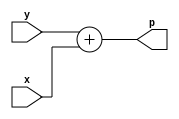




module NN(x, y, p);
    parameter size = 32;
    
    input [size-1:0]y;
    input[size-1:0] x;
    output wire [31:0] p;

  assign  p= y+x;
   
endmodule

module AHB_ML_ACC #(parameter SIZE=32) (
    input  wire         HCLK,      
    input  wire         HRESETn,   
    input  wire         HSEL,      
    input  wire         HREADY,    
    input  wire [1:0]   HTRANS,    
    input  wire [2:0]   HSIZE,     
    input  wire         HWRITE,    
    input  wire [31:0]  HADDR,     
    input  wire [31:0]  HWDATA,    
    output wire         HREADYOUT, 
    output wire [1:0]   HRESP,
    output wire [31:0]  HRDATA
);

    localparam  X_OFF = 0, Y_OFF = 4, P1_OFF = 8, P2_OFF = 12;
    localparam  S0=0, S1=1, S2=2, S3=3;

    reg [7:0]   AHB_ADDR;    
    wire        ahb_access   = HTRANS[1] & HSEL & HREADY;
    wire        _ahb_write_    = ahb_access &  HWRITE;
    wire        ahb_read     = ahb_access & (~HWRITE);
    reg         AHB_WRITE;
    reg         AHB_READ;
    reg         flag;
    wire[31:0]      P;
    reg [31:0]  X, Y, P0, P1; 
    reg [7:0]   CNT, ncnt;

    reg [3:0]   STATE, nstate;

    always @(posedge HCLK or negedge HRESETn)
    if(~HRESETn) begin
        AHB_WRITE   <=  1'b0;
        AHB_READ    <=  1'b0;
        AHB_ADDR    <=  8'b0;
        flag        <=  1'b0;
    end
    else begin
        AHB_WRITE   <=  _ahb_write_;
        AHB_READ    <=  ahb_read;
        AHB_ADDR    <=  HADDR[7:0];  
    end

    always @(posedge HCLK or negedge HRESETn)
        if(~HRESETn)
            X  <= 32'b0;
        else if(AHB_WRITE && (AHB_ADDR == X_OFF))
            X <= HWDATA;

    always @(posedge HCLK or negedge HRESETn)
        if(~HRESETn)
            Y  <= 32'b0;
        else if(AHB_WRITE && (AHB_ADDR == Y_OFF))
        begin
            Y <= HWDATA;
            flag <=1'b1;
            end
     //   else if(STATE==S1) Y <= Y >> 1;

    

    
    

    NN nn(
      
      .x(X),
      .y(Y),
      .p(P)
    );

    assign HREADYOUT = 1'b1;

    assign HRDATA = P;

endmodule